Report on vaccination in Madras 1904-1921 - 1904-1921
Year: 1904
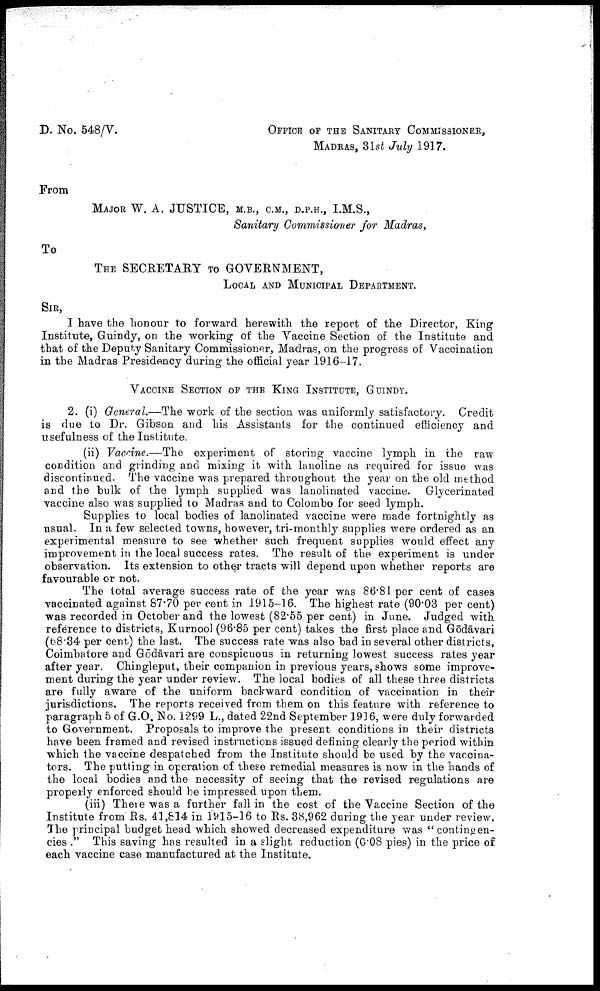
D. No. 548/V.
OFFICE OF THE SANITARY COMMISSIONER,
MADRAS, 31st July 1917.
From
MAJOR W. A. JUSTICE, M.B., C.M., D.P.H., I.M.S.,
Sanitary Commissioner for Madras,
To
THE SECRETARY TO GOVERNMENT,
LOCAL AND MUNICIPAL DEPARTMENT.
SIR,
I have the honour to forward herewith the report of the Director, King
Institute, Guindy, on the working of the Vaccine Section of the Institute and
that of the Deputy Sanitary Commissioner, Madras, on the progress of Vaccination
in the Madras Presidency during the official year 1916-17.
VACCINE SECTION OF THE KING INSTITUTE, GUINDY.
2. (i) General.—The work of the section was uniformly satisfactory. Credit
is due to Dr. Gibson and his Assistants for the continued efficiency and
usefulness of the Institute.
(ii) Vaccine.—The experiment of storing vaccine lymph in the raw
condition and grinding and mixing it with lanoline as required for issue was
discontinued. The vaccine was prepared throughout the year on the old method
and the bulk of the lymph supplied was lanolinated vaccine. Glycerinated
vaccine also was supplied to Madras and to Colombo for seed lymph.
Supplies to local bodies of lanolinated vaccine were made fortnightly as
usual. In a few selected towns, however, tri-monthly supplies were ordered as an
experimental measure to see whether such frequent supplies would effect any
improvement in the local success rates. The result of the experiment is under
observation. Its extension to other tracts will depend upon whether reports are
favourable or not.
The total average success rate of the year was 86.81 per cent of cases
vaccinated against 87.70 per cent in 1915-16. The highest rate (90.03 per cent)
was recorded in October and the lowest (82.55 per cent) in June. Judged with
reference to districts, Kurnool (96.85 per cent) takes the first place and Gōdāvari
(68.34 per cent) the last. The success rate was also bad in several other districts,
Coimbatore and Gōdāvari are conspicuous in returning lowest success rates year
after year. Chingleput, their companion in previous years, shows some improve
ment during the year under review. The local bodies of all these three districts
are fully aware of the uniform backward condition of vaccination in their
jurisdictions. The reports received from them on this feature with reference to
paragraph 5 of G.O. No. 1299 L., dated 22nd September 1916, were duly forwarded
to Government. Proposals to improve the present conditions in their districts
have been framed and revised instructions issued defining clearly the period within
which the vaccine despatched from the Institute should be used by the vaccina
tors. The putting in operation of these remedial measures is now in the hands of
the local bodies and the necessity of seeing that the revised regulations are
properly enforced should be impressed upon them.
(iii) There was a further fall in the cost of the Vaccine Section of the
Institute from Rs. 41,814 in 1915-16 to Rs. 38,962 during the year under review.
The principal budget head which showed decreased expenditure was "contingen-
cies ." This saving has resulted in a slight reduction (0.08 pies) in the price of
each vaccine case manufactured at the Institute.